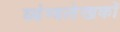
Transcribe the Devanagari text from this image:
व्यंग्यलेखकों